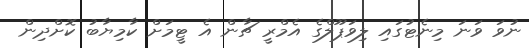
ނުވަ ވަނަ މިނެޓުގައި ލިވަޕޫލްގެ އެމްރީ ޗާން އެ ޓީމަށް ކާމިޔާބު ކޮށްދިން